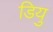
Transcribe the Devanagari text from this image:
डियु